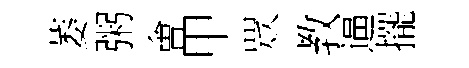
萎粥㑹甲眾教逼擺